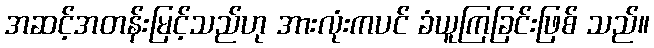
အဆင့်အတန်းမြင့်သည်ဟု အားလုံးကပင် ခံယူကြခြင်းဖြစ် သည်။